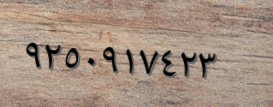
٩٢٥٠٩١٧٤٢٣